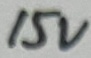
Text: 15V